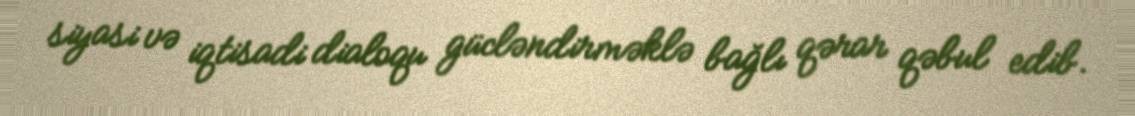
siyasi və iqtisadi dialoqu gücləndirməklə bağlı qərar qəbul edib.